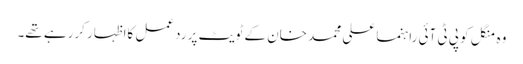
وہ منگل کو پی ٹی آئی راہنما علی محمد خان کے ٹویٹ پر ردعمل کااظہار کررہے تھے۔